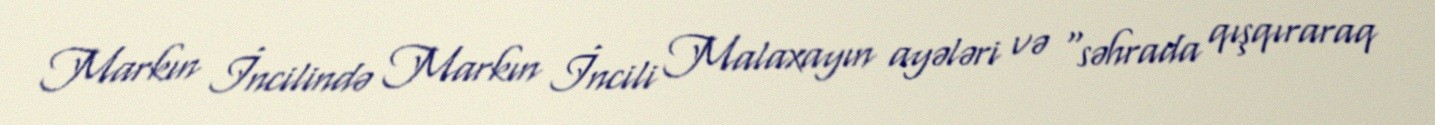
Markın İncilində Markın İncili Malaxayın ayələri və “səhrada qışqıraraq